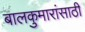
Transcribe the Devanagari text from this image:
बालकुमारांसाठी